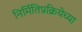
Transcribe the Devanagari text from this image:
निर्मितिप्रक्रियेच्या